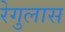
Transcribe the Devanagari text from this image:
रेगुलास